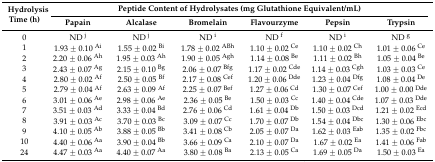
<table><thead><tr><td rowspan="2"><b>Hydrolysis Time (h)</b></td><td colspan="6"><b>Peptide Content of Hydrolysates (mg Glutathione Equivalent/mL)</b></td></tr><tr><td><b>Papain</b></td><td><b>Alcalase</b></td><td><b>Bromelain</b></td><td><b>Flavourzyme</b></td><td><b>Pepsin</b></td><td><b>Trypsin</b></td></tr></thead><tbody><tr><td>0</td><td>ND <sup>j</sup></td><td>ND <sup>j</sup></td><td>ND <sup>i</sup></td><td>ND <sup>f</sup></td><td>ND <sup>i</sup></td><td>ND <sup>g</sup></td></tr><tr><td>1</td><td>1.93 ± 0.10 <sup>Ai</sup></td><td>1.55 ± 0.02 <sup>Bi</sup></td><td>1.78 ± 0.02 <sup>ABh</sup></td><td>1.10 ± 0.02 <sup>Ce</sup></td><td>1.10 ± 0.02 <sup>Ch</sup></td><td>1.01 ± 0.06 <sup>Ce</sup></td></tr><tr><td>2</td><td>2.20 ± 0.06 <sup>Ah</sup></td><td>1.95 ± 0.03 <sup>Ah</sup></td><td>1.90 ± 0.05 <sup>Agh</sup></td><td>1.14 ± 0.08 <sup>Be</sup></td><td>1.11 ± 0.02 <sup>Bh</sup></td><td>1.05 ± 0.04 <sup>Be</sup></td></tr><tr><td>3</td><td>2.43 ± 0.07 <sup>Ag</sup></td><td>2.15 ± 0.10 <sup>Bg</sup></td><td>2.06 ± 0.07 <sup>Bfg</sup></td><td>1.17 ± 0.02 <sup>Cde</sup></td><td>1.14 ± 0.03 <sup>Cgh</sup></td><td>1.03 ± 0.03 <sup>Ce</sup></td></tr><tr><td>4</td><td>2.80 ± 0.02 <sup>Af</sup></td><td>2.50 ± 0.05 <sup>Bf</sup></td><td>2.17 ± 0.08 <sup>Cef</sup></td><td>1.20 ± 0.06 <sup>Dde</sup></td><td>1.23 ± 0.04 <sup>Dfg</sup></td><td>1.08 ± 0.04 <sup>De</sup></td></tr><tr><td>5</td><td>2.79 ± 0.04 <sup>Af</sup></td><td>2.63 ± 0.09 <sup>Af</sup></td><td>2.25 ± 0.07 <sup>Bef</sup></td><td>1.27 ± 0.06 <sup>Cd</sup></td><td>1.30 ± 0.07 <sup>Cef</sup></td><td>1.00 ± 0.00 <sup>Dde</sup></td></tr><tr><td>6</td><td>3.01 ± 0.06 <sup>Ae</sup></td><td>2.98 ± 0.06 <sup>Ae</sup></td><td>2.36 ± 0.05 <sup>Be</sup></td><td>1.50 ± 0.03 <sup>Cc</sup></td><td>1.40 ± 0.04 <sup>Cde</sup></td><td>1.07 ± 0.03 <sup>Dde</sup></td></tr><tr><td>7</td><td>3.51 ± 0.03 <sup>Ad</sup></td><td>3.33 ± 0.04 <sup>Bd</sup></td><td>2.76 ± 0.06 <sup>Cd</sup></td><td>1.61 ± 0.04 <sup>Db</sup></td><td>1.50 ± 0.03 <sup>Dcd</sup></td><td>1.21 ± 0.02 <sup>Ecd</sup></td></tr><tr><td>8</td><td>3.91 ± 0.03 <sup>Ac</sup></td><td>3.70 ± 0.03 <sup>Bc</sup></td><td>3.09 ± 0.07 <sup>Cc</sup></td><td>1.70 ± 0.07 <sup>Db</sup></td><td>1.54 ± 0.04 <sup>Dbc</sup></td><td>1.30 ± 0.06 <sup>Ebc</sup></td></tr><tr><td>9</td><td>4.10 ± 0.05 <sup>Ab</sup></td><td>3.88 ± 0.05 <sup>Bb</sup></td><td>3.41 ± 0.08 <sup>Cb</sup></td><td>2.05 ± 0.07 <sup>Da</sup></td><td>1.62 ± 0.03 <sup>Eab</sup></td><td>1.35 ± 0.02 <sup>Fbc</sup></td></tr><tr><td>10</td><td>4.40 ± 0.06 <sup>Aa</sup></td><td>3.90 ± 0.04 <sup>Bb</sup></td><td>3.66 ± 0.09 <sup>Ca</sup></td><td>2.10 ± 0.07 <sup>Da</sup></td><td>1.67 ± 0.02 <sup>Ea</sup></td><td>1.41 ± 0.06 <sup>Fab</sup></td></tr><tr><td>24</td><td>4.47 ± 0.03 <sup>Aa</sup></td><td>4.40 ± 0.07 <sup>Aa</sup></td><td>3.80 ± 0.08 <sup>Ba</sup></td><td>2.13 ± 0.05 <sup>Ca</sup></td><td>1.69 ± 0.05 <sup>Da</sup></td><td>1.50 ± 0.03 <sup>Ea</sup></td></tr></tbody></table>